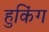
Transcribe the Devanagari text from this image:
हुकिंग